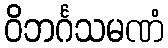
ဝိဘင်္ဂသမဏံ